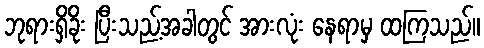
ဘုရားရှိခိုး ပြီးသည့်အခါတွင် အားလုံး နေရာမှ ထကြသည်။